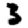
Digit: 3